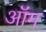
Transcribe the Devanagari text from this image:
ऑंग